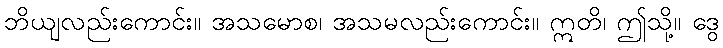
ဘိယျလည်းကောင်း။ အသမောစ၊ အသမလည်းကောင်း။ ဣတိ၊ ဤသို့။ ဒွေ